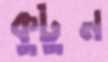
কুটুন